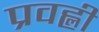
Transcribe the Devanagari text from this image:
प्रवह्ली